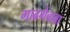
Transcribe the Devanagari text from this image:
गाढगेबाबा